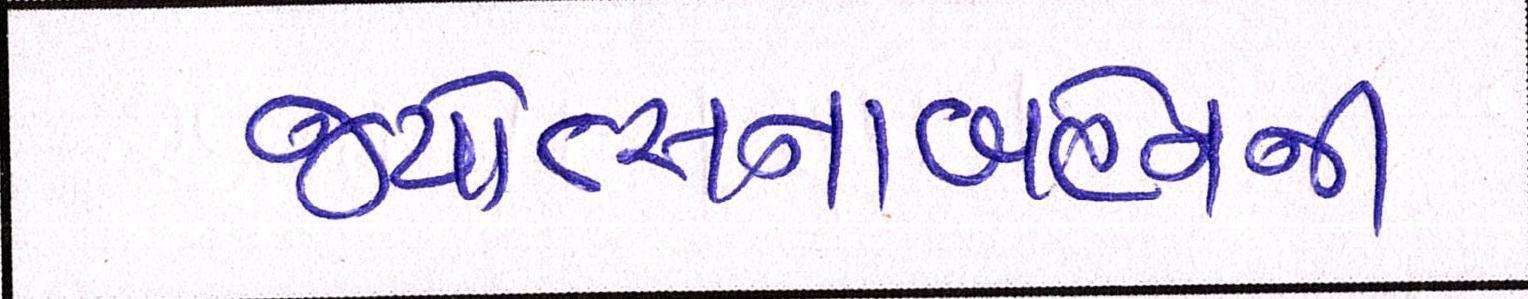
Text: જ્યોત્સ્નાબહેનની